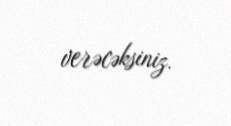
verəcəksiniz.